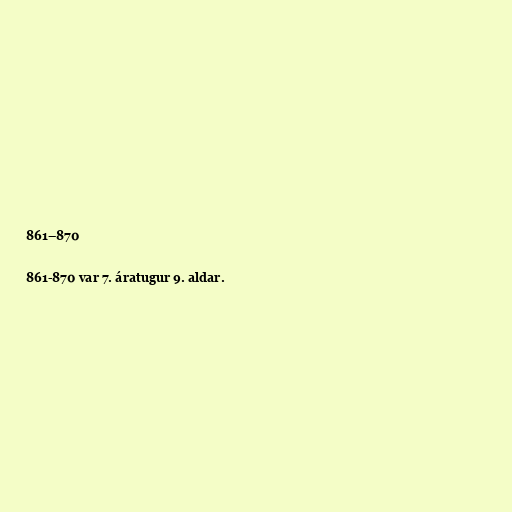
861–870

861-870 var 7. áratugur 9. aldar.